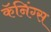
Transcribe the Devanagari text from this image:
कॅनिंग्स